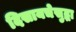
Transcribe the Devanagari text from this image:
दिसायचेसुद्धा